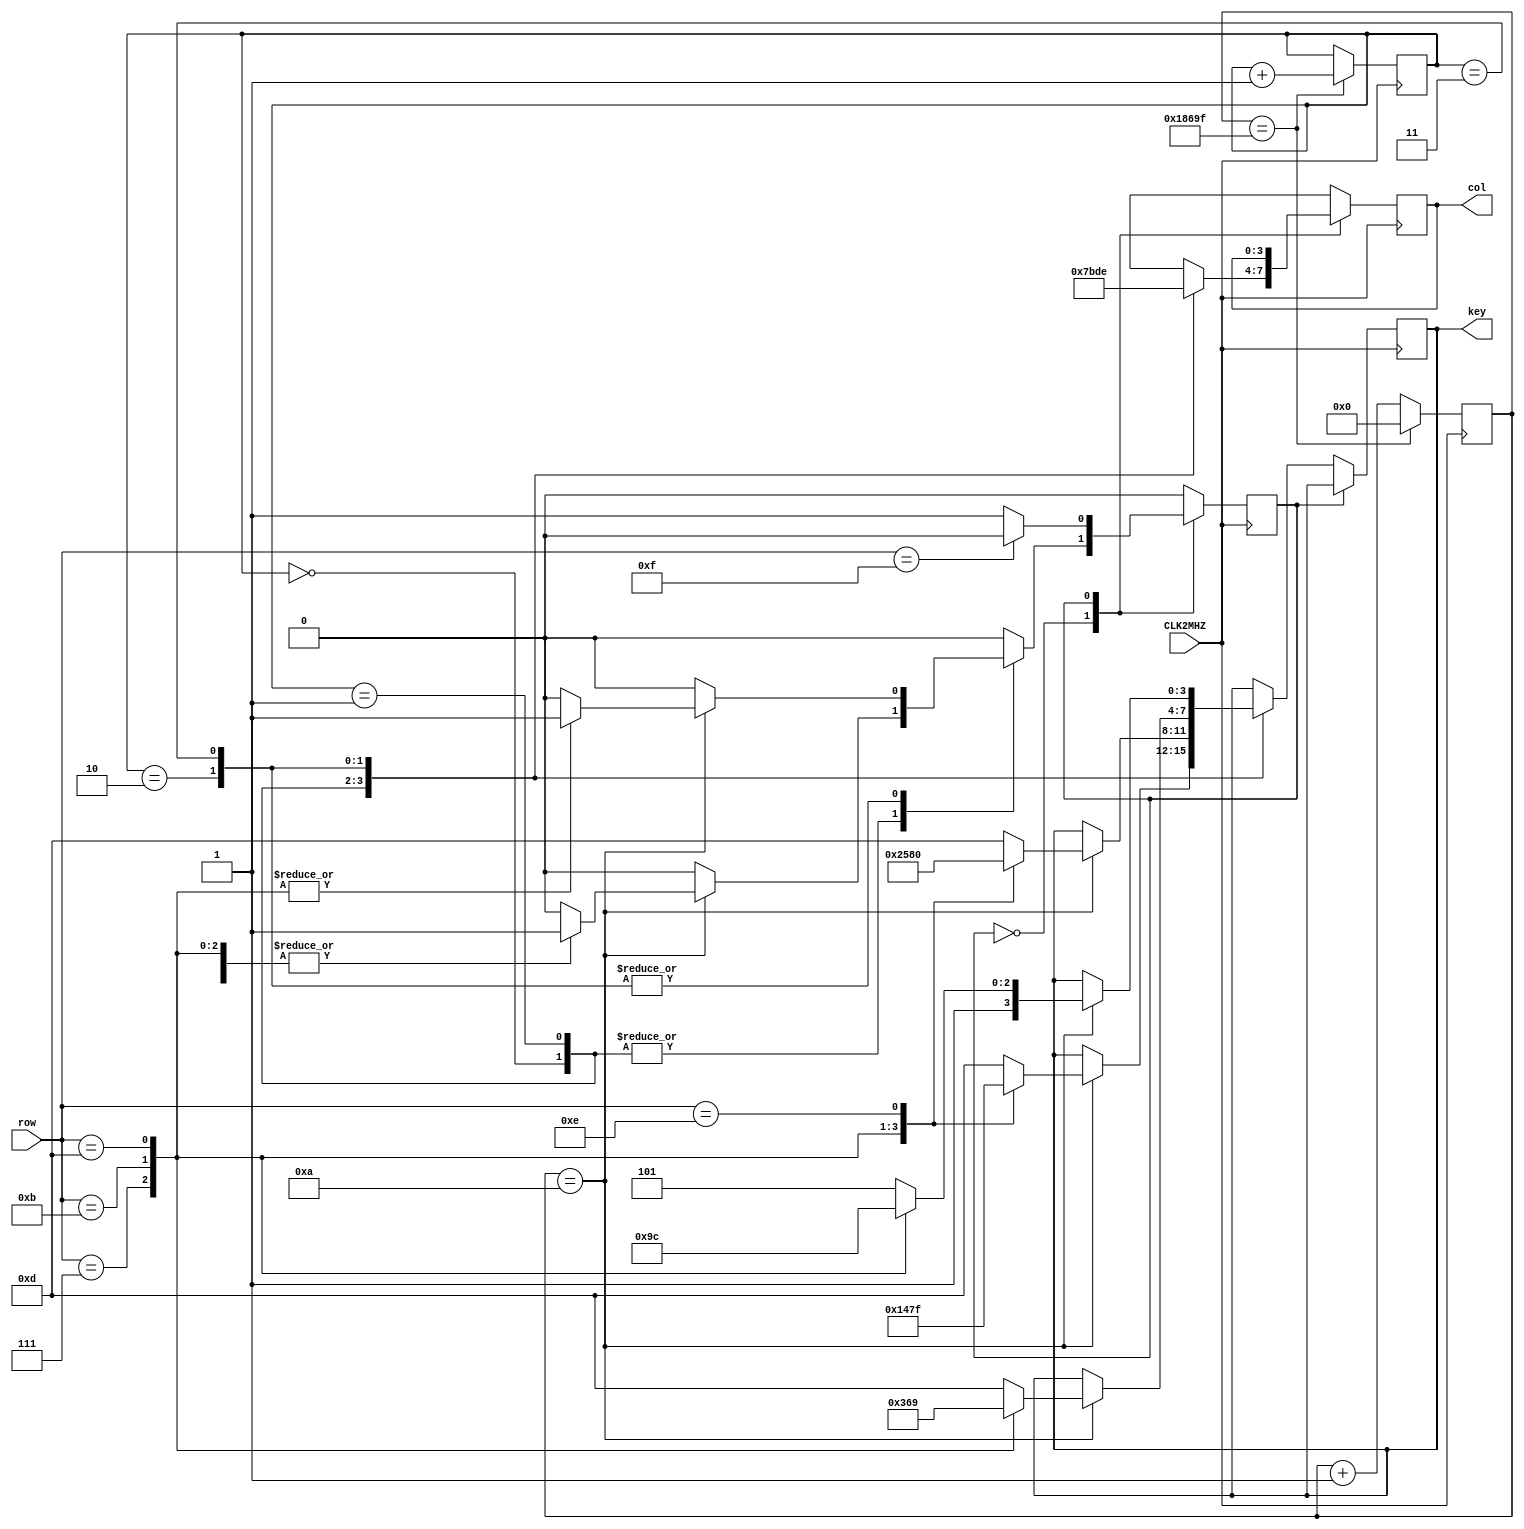
`timescale 1ns / 1ps

module keypad(
    input CLK2MHZ,
    input [3:0] row,
    output reg [3:0] col,
    output reg [3:0] key
);

parameter S_RELEASED = 1'd0, S_PRESSED = 1'd1;
reg state;

reg[17:0] counter = 0;
reg[1:0] reset_col = 0;
parameter change_col = 10;

always @(posedge CLK2MHZ)
    if (counter == 99_999) 
        begin
            counter <= 0;
            reset_col <= reset_col + 1;
        end
    else
        counter <= counter + 1;

always @(posedge CLK2MHZ)
    begin
        case(state)
            S_RELEASED: 
                begin
                    case(reset_col)
                    2'b00 :	
                        begin
                        col = 4'b0111;
                        if (counter == change_col)
                            case(row)
                                4'b0111 : begin key <= 4'b0001; state <= S_PRESSED; end	// 1
                                4'b1011 : begin key <= 4'b0100; state <= S_PRESSED; end	// 4
                                4'b1101 : begin key <= 4'b0111; state <= S_PRESSED; end	// 7
                                4'b1110 : begin key <= 4'b1111; state <= S_PRESSED; end	// CLEAR
                                default : begin key <= 4'b1101; state <= S_RELEASED; end
                            endcase
                        end
                    2'b01 :	
                        begin
                        col = 4'b1011;
                        if (counter == change_col)
                            case(row)
                                4'b0111 : begin key <= 4'b0010; state <= S_PRESSED; end	// 2	
                                4'b1011 : begin key <= 4'b0101; state <= S_PRESSED; end	// 5	
                                4'b1101 : begin key <= 4'b1000; state <= S_PRESSED; end	// 8	
                                4'b1110 : begin key <= 4'b0000; state <= S_PRESSED; end	// 0
                                default : begin key <= 4'b1101; state <= S_RELEASED; end
                            endcase
                        end
                    2'b10 :	
                        begin       
                        col = 4'b1101;
                        if (counter == change_col)
                            case(row)
                                4'b0111 : begin key <= 4'b0011; state <= S_PRESSED; end	// 3 		
                                4'b1011 : begin key <= 4'b0110; state <= S_PRESSED; end	// 6 		
                                4'b1101 : begin key <= 4'b1001; state <= S_PRESSED; end	// 9 		
                                4'b1110 : begin key <= 4'b1101; state <= S_RELEASED; end //ignored
                                default : begin key <= 4'b1101; state <= S_RELEASED; end	    
                            endcase
                        end
                    2'b11 :	
                        begin
                        col = 4'b1110;
                        if (counter == change_col)
                            case(row)
                                4'b0111 : begin key <= 4'b1010; state <= S_PRESSED; end	// +
                                4'b1011 : begin key <= 4'b1011; state <= S_PRESSED; end	// -
                                4'b1101 : begin key <= 4'b1100; state <= S_PRESSED; end	// =
                                4'b1110 : begin key <= 4'b1101; state <= S_RELEASED; end //ignored
                                default : begin key <= 4'b1101; state <= S_RELEASED; end
                            endcase
                        end
                    endcase
                    end
            S_PRESSED : 
                begin 
                    state <= (row == 4'b1111)?S_RELEASED:S_PRESSED; 
                end
        endcase
    end
endmodule